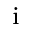
_ \mathrm { i }